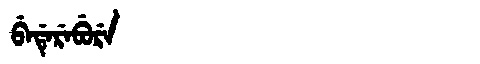
Manchu: ᠪᡝᡩᡝᡵᡝᠪᡠᡵᡝ
Romanization: BEDEREBURE